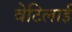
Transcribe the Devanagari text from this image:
वेटिलाई